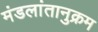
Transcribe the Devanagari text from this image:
मंडलांतानुक्रम